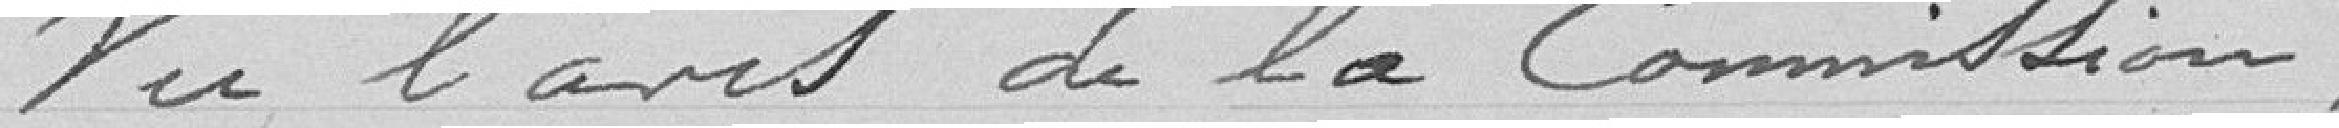
Vu l'avis de la Commission,